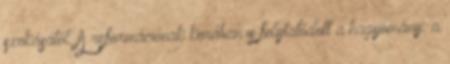
szokásától. A reformációnak korában is folytatódott a hagyomány: a